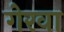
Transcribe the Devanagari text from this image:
गेरवा